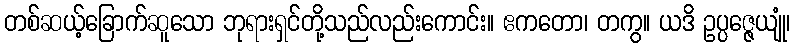
တစ်ဆယ့်ခြောက်ဆူသော ဘုရားရှင်တို့သည်လည်းကောင်း။ ဧကတော၊ တကွ။ ယဒိ ဥပ္ပဇ္ဇေယျုံ၊